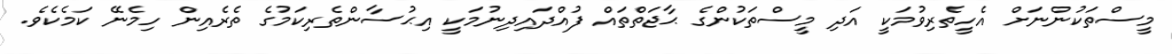
މީސްތަކުންނަށް އެހީތެރިވުމަކީ އަދި މީސްތަކުންގެ ޙާޖަތްތައް ފުއްދައިދިނުމަކީ އިޙުސާންތެރިކަމުގެ ތެރެއިން ހިމެނޭ ކަމެކެވެ.